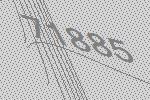
71885